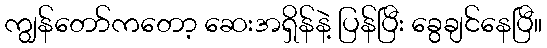
ကျွန်တော်ကတော့ ဆေးအရှိန်နဲ့ ပြန်ပြီး ခွေချင်နေပြီ။